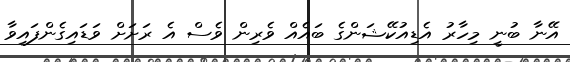
އޭނާ ބުނީ މިހާރު އެޑިއުކޭޝަންގެ ބައެއް ވެރިން ވެސް އެ ރަށަށް ވަޑައިގެންފައިވާ